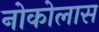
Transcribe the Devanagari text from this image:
नोकोलास